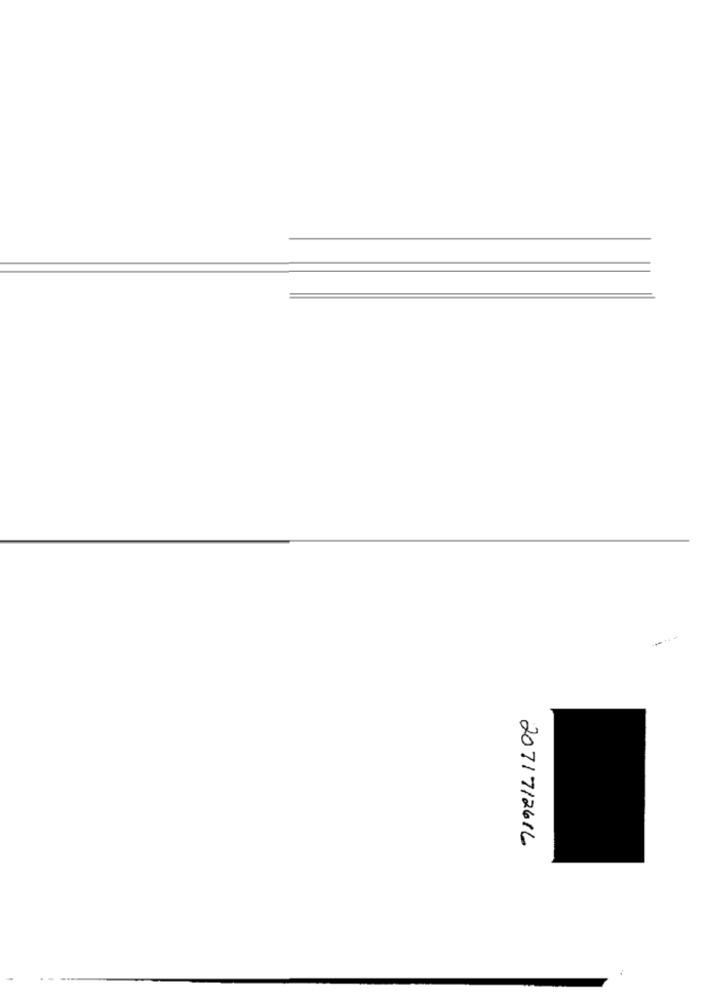
2071712616